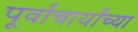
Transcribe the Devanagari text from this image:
पूर्वाचार्यांच्या